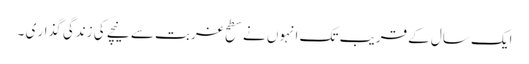
ایک سال کے قریب تک انہوں نے سطح غربت سے نیچے کی زندگی گذار ی ۔